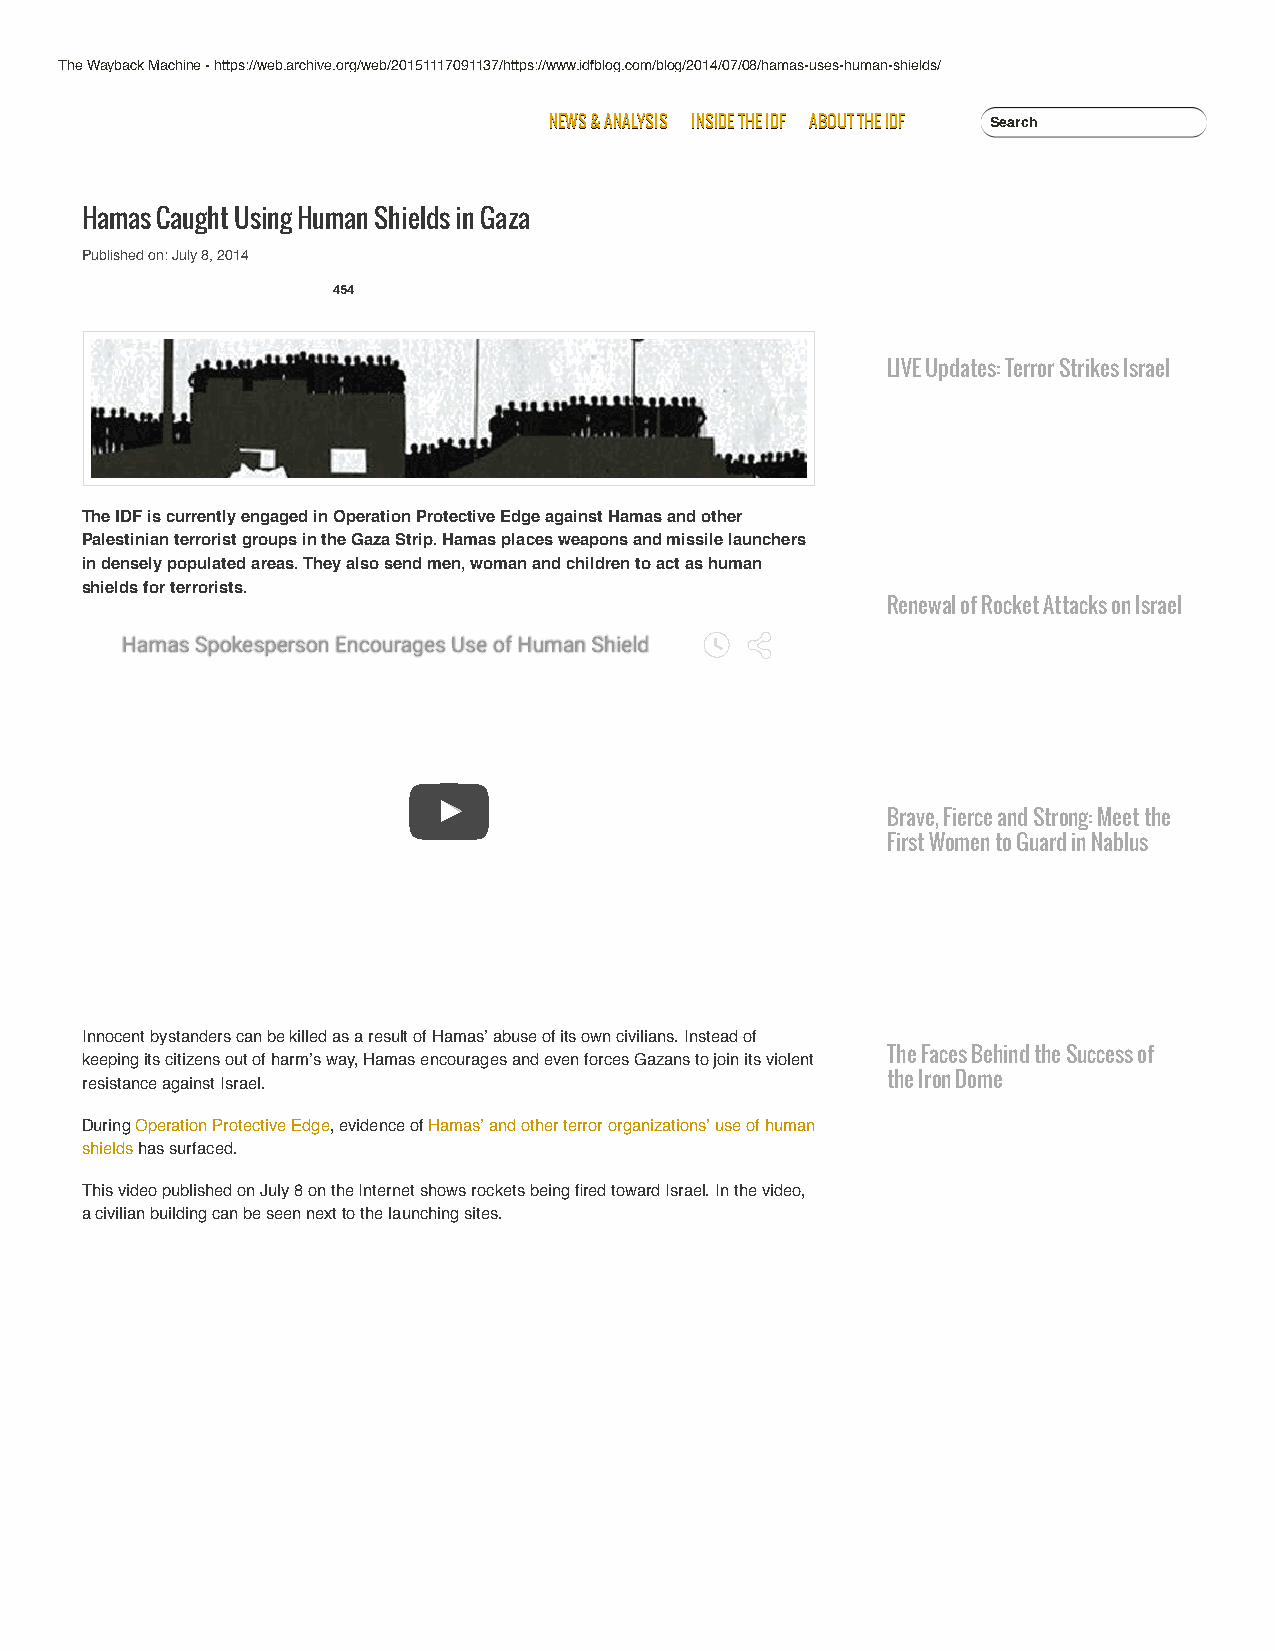
The Wayback Machine - https://web.archive.org/web/20151117091137/https://www.idfblog.com/blog/2014/07/08/hamas-uses-human-shields/
 NNEEWWSS && AANNAALLYYSSIISS IINNSSIIDDEE TTHHEE IIDDFF AABBOOUUTT TTHHEE IIDDFF Search
 Hamas Caught Using Human Shields in Gaza
 Published on: July 8, 2014
 454
 LIVE Updates: Terror Strikes Israel
 The IDF is currently engaged in Operation Protective Edge against Hamas and other
 Palestinian terrorist groups in the Gaza Strip. Hamas places weapons and missile launchers
 in densely populated areas. They also send men, woman and children to act as human
 shields for terrorists.
 Renewal of Rocket Attacks on Israel
 HHaammaass SSppookkeessppeerrssoonn EEnnccoouurraaggeess UUssee ooff HHuummaann SShhiieelldd
 Brave, Fierce and Strong: Meet the
 First Women to Guard in Nablus
 Innocent bystanders can be killed as a result of Hamas’ abuse of its own civilians. Instead of
 keeping its citizens out of harm’s way, Hamas encourages and even forces Gazans to join its violent The Faces Behind the Success of
 resistance against Israel.                            the Iron Dome
 During Operation Protective Edge, evidence of Hamas’ and other terror organizations’ use of human
 shields has surfaced.
 This video published on July 8 on the Internet shows rockets being fired toward Israel. In the video,
 a civilian building can be seen next to the launching sites.